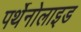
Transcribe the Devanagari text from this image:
पर्थेनोलाइड